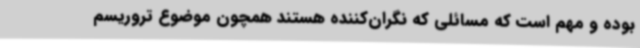
بوده و مهم است که مسائلی که نگران‌کننده هستند همچون موضوع تروریسم